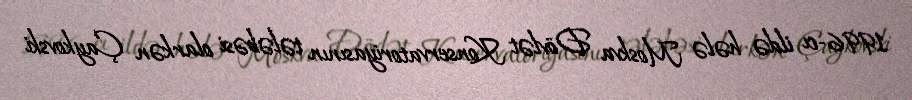
1996-cı ildə hələ Moskva Dövlət Konservatoriyasının tələbəsi olarkən Çaykovski